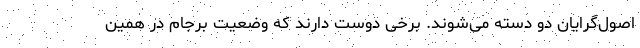
اصول‌گرایان دو دسته می‌شوند. برخی دوست دارند که وضعیت برجام در همین